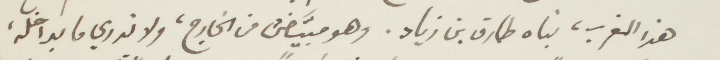
هذا المغرب، بناه طارق بن زياد، وهو مبيّض من الخارج، ولا ندري ما بداخله